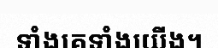
ទាំងគេទាំងយើង។